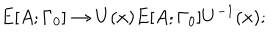
E [ A ; \Gamma _ { 0 } ] \rightarrow U ( x ) E [ A ; \Gamma _ { 0 } ] U ^ { - 1 } ( x ) ;